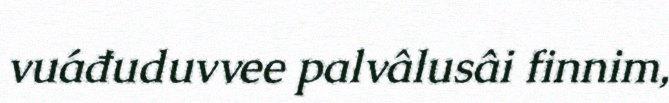
vuáđuduvvee palvâlusâi finnim,